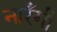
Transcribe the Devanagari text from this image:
नारँगी